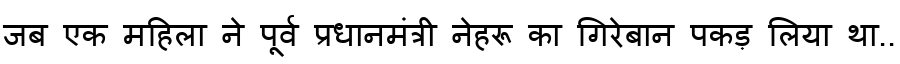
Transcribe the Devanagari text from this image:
जब एक महिला ने पूर्व प्रधानमंत्री नेहरू का गिरेबान पकड़ लिया था..